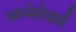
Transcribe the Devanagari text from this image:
अम्बेसेडर्स